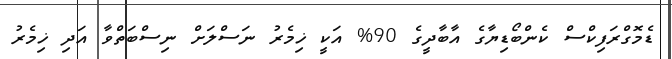
ޑެމޮގްރަފިކްސް ކެންބޯޑިޔާގެ އާބާދީގެ 90% އަކީ ޚިމެރު ނަސްލަށް ނިސްބަތްވާ އަދި ޚިމެރު